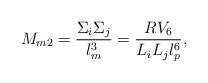
\begin{align*}M_{m2}={\Sigma_i \Sigma_j\over l_m^3}={R V_6\over L_i L_j l_p^6},\end{align*}